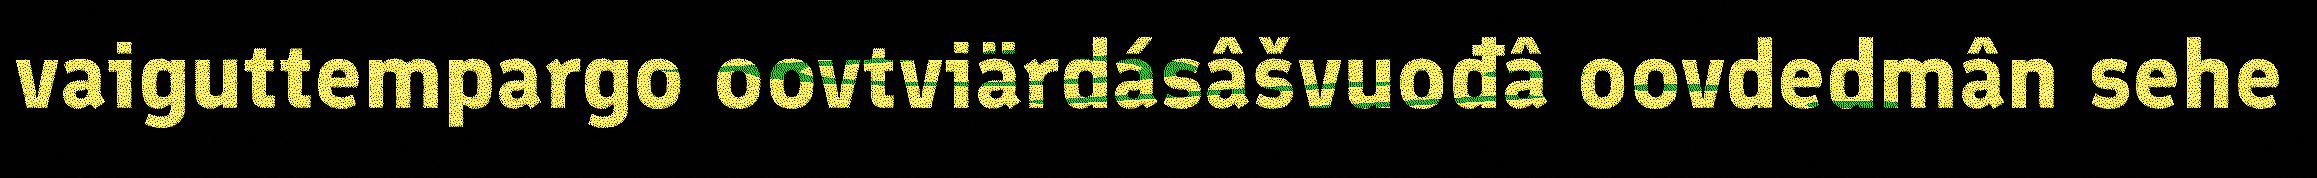
vaiguttempargo oovtviärdásâšvuođâ oovdedmân sehe